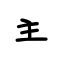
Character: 主